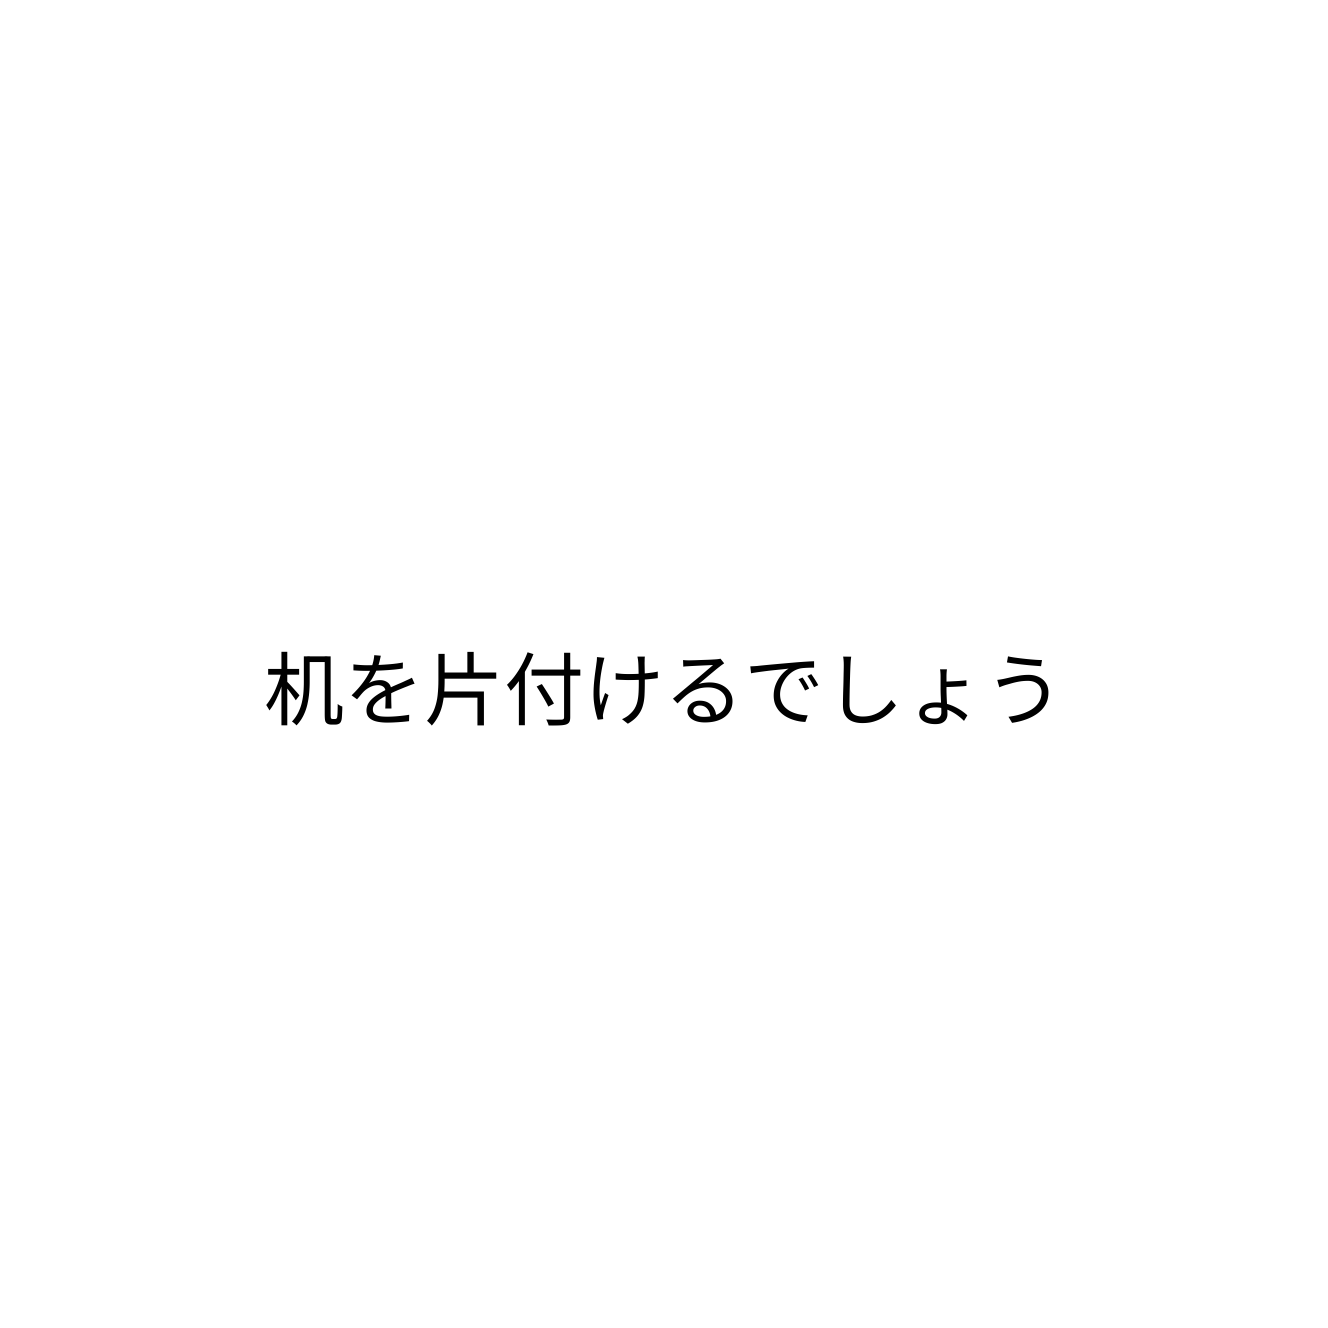
机を片付けるでしょう